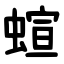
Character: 蝖